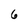
Character: 6